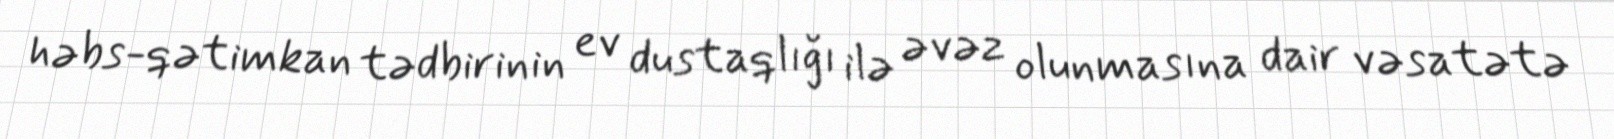
həbs-qətimkan tədbirinin ev dustaqlığı ilə əvəz olunmasına dair vəsatətə